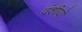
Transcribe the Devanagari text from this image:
वंशीयो